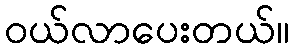
ဝယ်လာပေးတယ်။